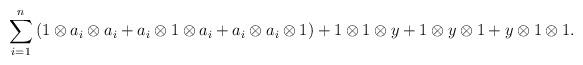
LaTeX: \begin{align*}\sum_{i=1}^n{(1 \otimes a_i \otimes a_i +a_i \otimes 1 \otimes a_i + a_i \otimes a_i \otimes 1)} + 1 \otimes 1 \otimes y + 1 \otimes y \otimes 1 + y \otimes 1 \otimes 1. \end{align*}